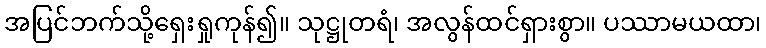
အပြင်ဘက်သို့ရှေးရှုကုန်၍။ သုဋ္ဌုတရံ၊ အလွန်ထင်ရှားစွာ။ ပဿာမယထာ၊